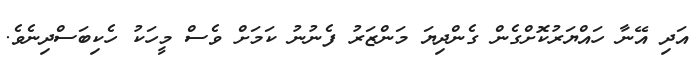
އަދި އޭނާ ހައްޔަރުކޮށްގެން ގެންދިޔަ މަންޒަރު ފެނުނު ކަމަށް ވެސް މީހަކު ހެކިބަސްދިނެވެ.